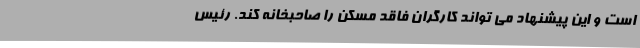
است و این پیشنهاد می تواند کارگران فاقد مسکن را صاحبخانه کند. رئیس